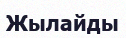
Жылайды